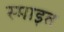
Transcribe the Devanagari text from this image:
स्माइत